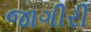
જાગીરી